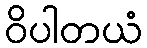
ဝိပါတယံ